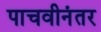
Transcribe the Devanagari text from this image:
पाचवीनंतर